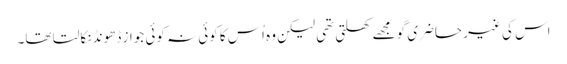
اس کی غیر حاضری گو مجھے کھلتی تھی لیکن وہ اُس کا کوئی نہ کوئی جواز ڈھونڈ نکالتا تھا۔